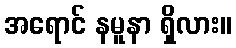
အရောင် နမူနာ ရှိလား။